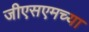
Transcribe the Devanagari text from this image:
जीएसएमच्या